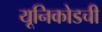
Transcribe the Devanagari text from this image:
यूनिकोडची